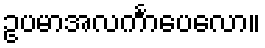
ဥပမာအလင်္ကာပေလော။